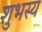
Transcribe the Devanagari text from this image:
शुभस्य